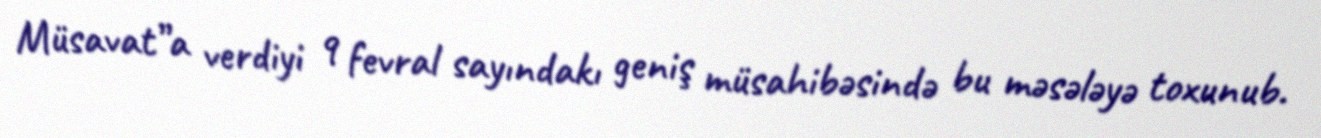
Müsavat”a verdiyi 9 fevral sayındakı geniş müsahibəsində bu məsələyə toxunub.